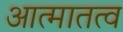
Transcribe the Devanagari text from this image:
आत्मातत्व